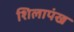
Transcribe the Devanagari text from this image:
शिलापंख